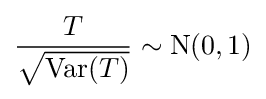
{\frac {T}{\sqrt {\mathrm {Var} (T)}}}\sim \mathrm {N} (0,1)